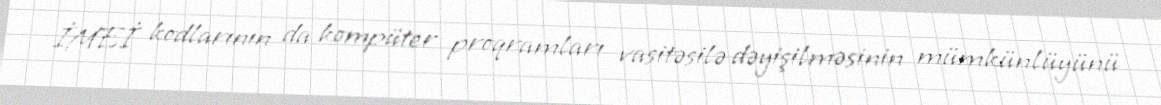
İMEİ kodlarının da kompüter proqramları vasitəsilə dəyişilməsinin mümkünlüyünü